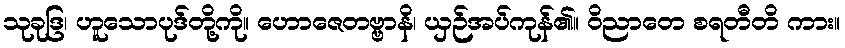
သုခုဒြ၊ ဟူသောပုဒ်တို့ကို။ ဟောဇေတဗ္ဗာနိ၊ ယှဉ်အပ်ကုန်၏။ ဝိညာတေ စရတီတိ ကား။